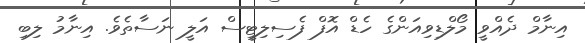
އިނާމް ދެއްވީ މޯލްޑިވިއަންގެ ހެޑް އޮފް ފެސިލިޓީސް އަލީ ނަސާތެވެ. އިނާމު ލިބި